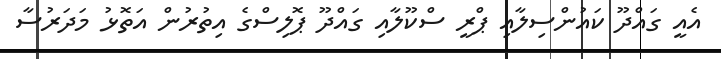
އެއީ ގައްދޫ ކައުންސިލާއި ޕްރީ ސްކޫލާއި ގައްދޫ ޕޮލިސްގެ އިތުރުން އަތޮޅު މަދަރުސާ